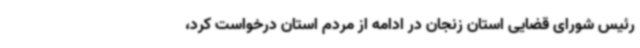
رئیس شورای قضایی استان زنجان در ادامه از مردم استان درخواست کرد،